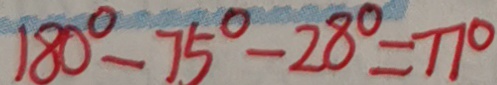
1 8 0 ^ { \circ } - 7 5 ^ { \circ } - 2 8 ^ { \circ } = 7 7 ^ { \circ }